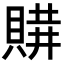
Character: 𧶩